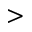
>